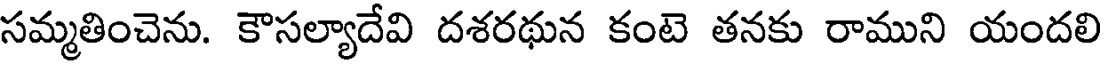
సమ్మతించెను. కౌసల్యాదేవి దశరథున కంటె తనకు రాముని యందలి